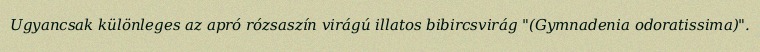
Ugyancsak különleges az apró rózsaszín virágú illatos bibircsvirág "(Gymnadenia odoratissima)".